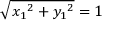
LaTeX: { \sqrt { { x _ { 1 } } ^ { 2 } + { y _ { 1 } } ^ { 2 } } } = 1